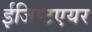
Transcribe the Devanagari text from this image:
ईजिप्टएयर